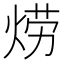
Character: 𱫊